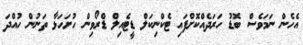
އެހެން ނަމަވެސް ބޮޑު ހަރަދެއްކޮށްފައި ޓެކްނިކަލް ޑީޓެއިލް ޑްރޯވިން ހުށަހަޅާ ތަނުން ހުއްދަ